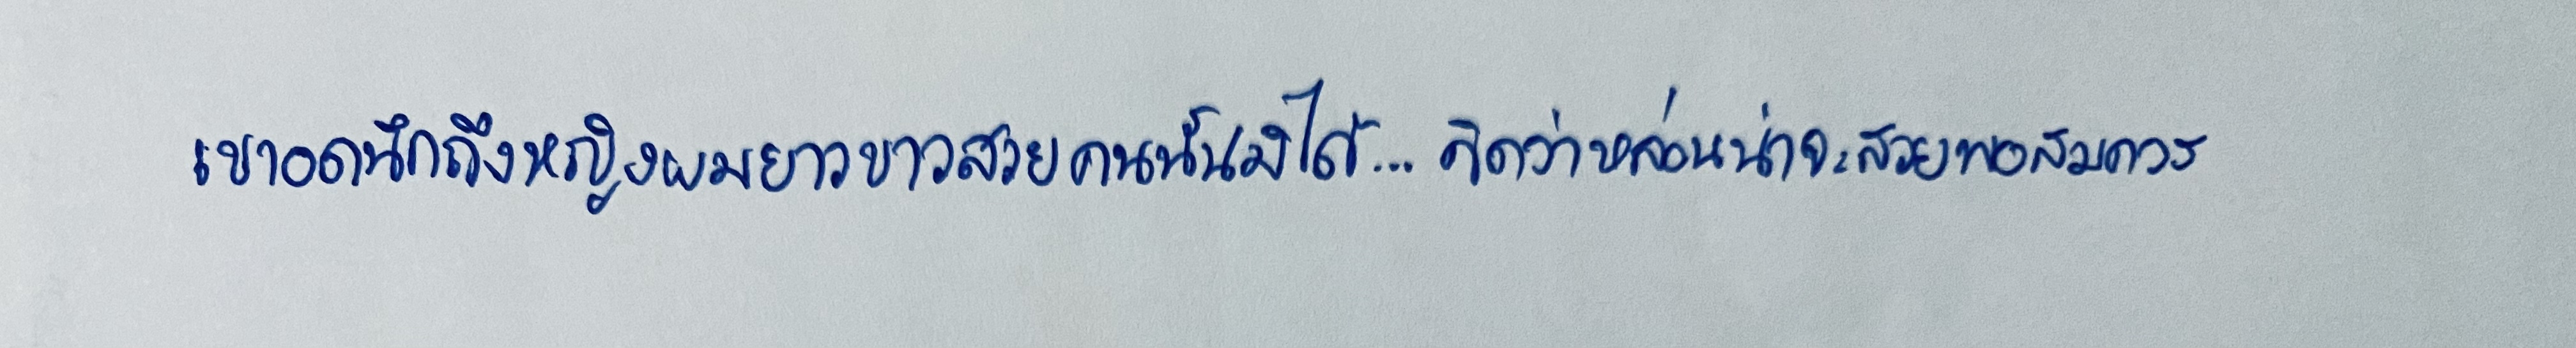
เขาอดนึกถึงหญิงผมยาวขาวสวยคนนั้นมิได้...คิดว่าหล่อนน่าจะสวยพอสมควร